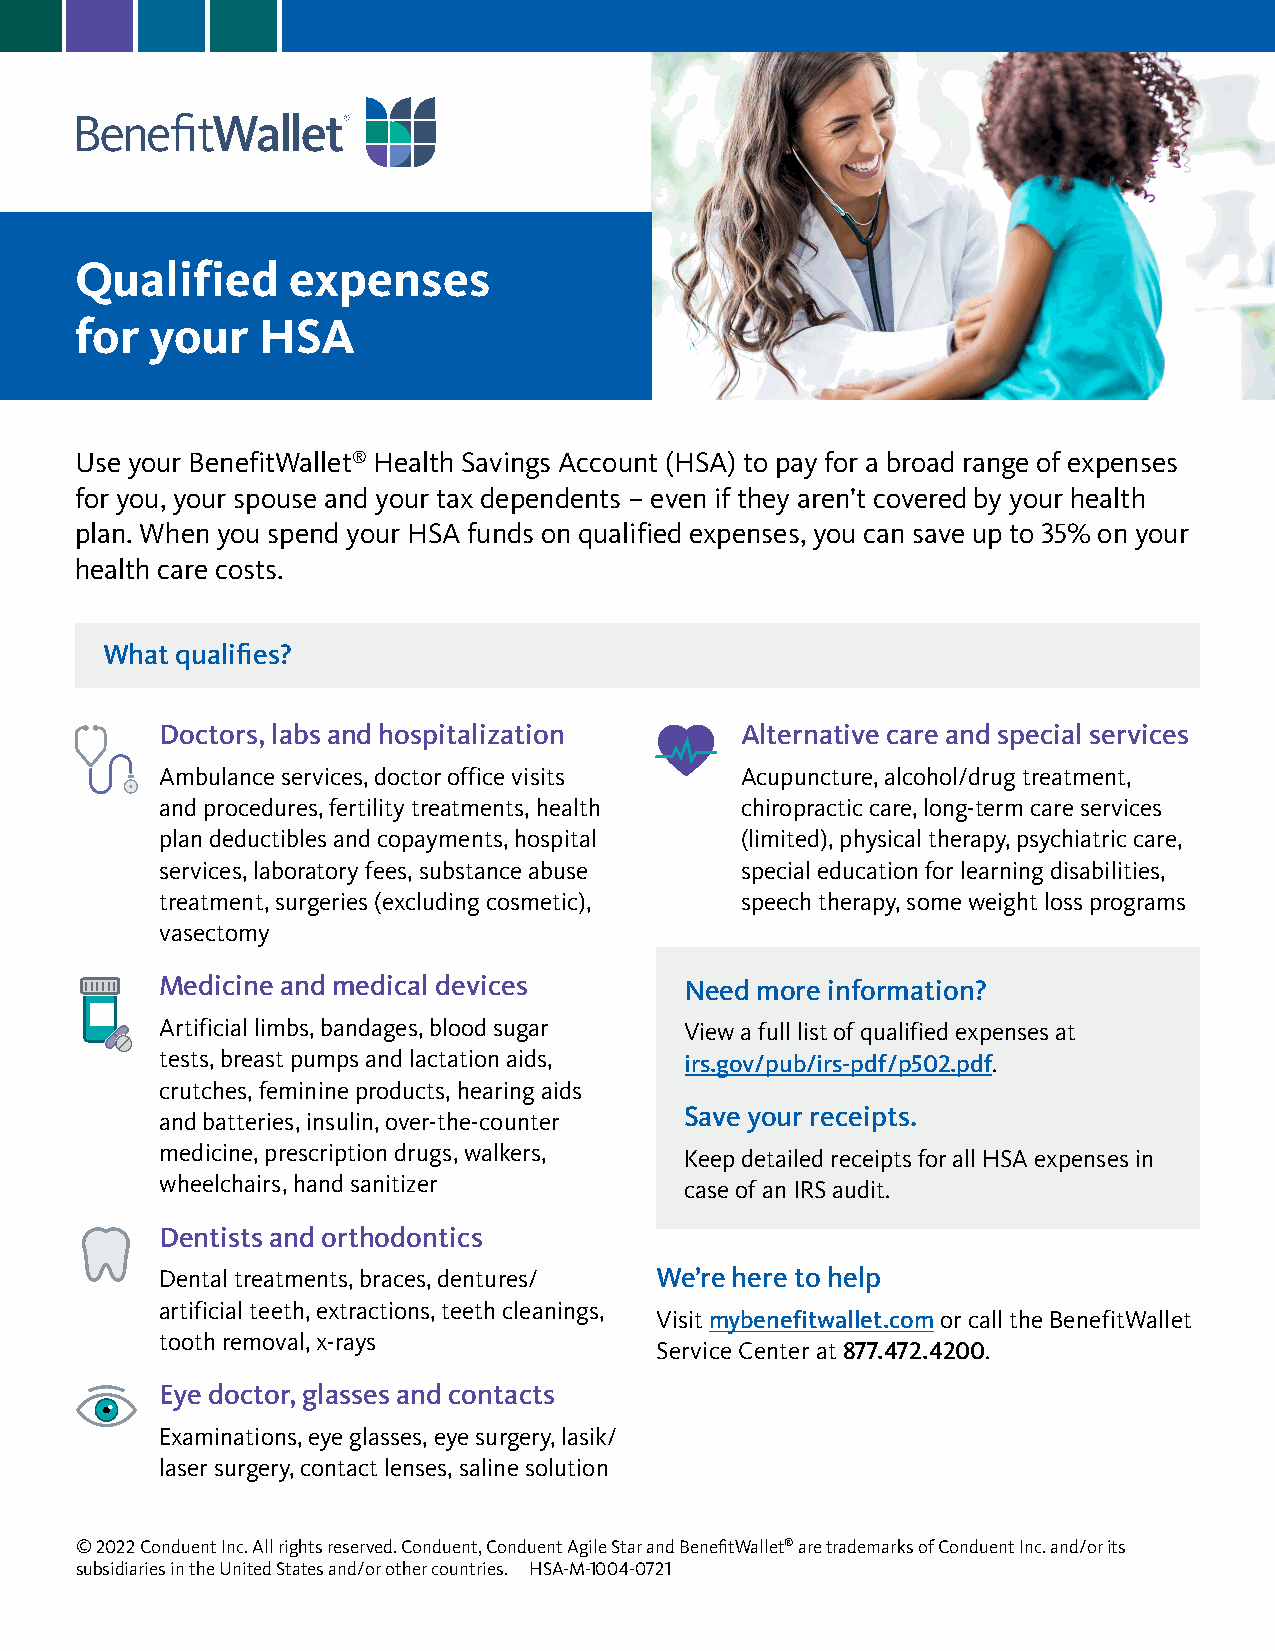
Qualified     expenses
 for  your   HSA
 Use your BenefitWallet® Health Savings Account (HSA) to pay for a broad range of expenses
 for you, your spouse and your tax dependents – even if they aren’t covered by your health
 plan. When you spend your HSA funds on qualified expenses, you can save up to 35% on your
 health care costs.
 What qualifies?
 Doctors, labs and hospitalization     Alternative care and special services
 Ambulance services, doctor office visits Acupuncture, alcohol/drug treatment,
 and procedures, fertility treatments, health chiropractic care, long-term care services
 plan deductibles and copayments, hospital (limited), physical therapy, psychiatric care,
 services, laboratory fees, substance abuse special education for learning disabilities,
 treatment, surgeries (excluding cosmetic), speech therapy, some weight loss programs
 vasectomy
 Medicine and medical devices      Need more information?
 Artificial limbs, bandages, blood sugar View a full list of qualified expenses at
 tests, breast pumps and lactation aids, irs.gov/pub/irs-pdf/p502.pdf.
 crutches, feminine products, hearing aids
 Save your receipts.
 and batteries, insulin, over-the-counter
 medicine, prescription drugs, walkers, Keep detailed receipts for all HSA expenses in
 wheelchairs, hand sanitizer       case of an IRS audit.
 Dentists and orthodontics
 Dental treatments, braces, dentures/ We’re here to help
 artificial teeth, extractions, teeth cleanings,
 Visit mybenefitwallet.com or call the BenefitWallet
 tooth removal, x-rays
 Service Center at 877.472.4200.
 Eye doctor, glasses and contacts
 Examinations, eye glasses, eye surgery, lasik/
 laser surgery, contact lenses, saline solution
 © 2022 Conduent Inc. All rights reserved. Conduent, Conduent Agile Star and BenefitWallet® are trademarks of Conduent Inc. and/or its
 subsidiaries in the United States and/or other countries. HSA-M-1004-0721